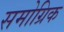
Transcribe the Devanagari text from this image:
समोग्रिक